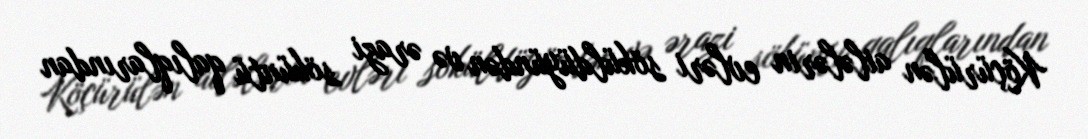
Köçürülən ailələrin evləri söküldüyündən və ərazi söküntü qalıqlarından